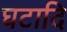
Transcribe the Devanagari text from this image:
घटादि